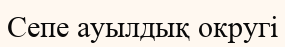
Сепе ауылдық округі